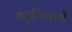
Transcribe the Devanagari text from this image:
सतुविचारी